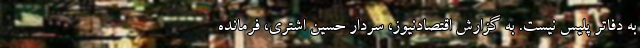
به دفاتر پلیس نیست. به گزارش اقتصادنیوز، سردار حسین اشتری، فرمانده